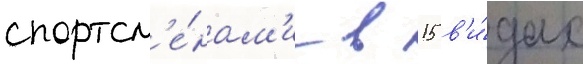
спортсм'е́нам'и в 15 в'и́дах